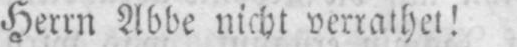
Herrn Abbe nicht verrathet!